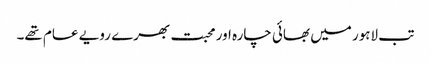
تب لاہور میں بھائی چارہ اور محبت بھرے رویے عام تھے۔